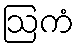
ဩကံ